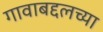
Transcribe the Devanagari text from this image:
गावाबद्दलच्या